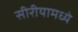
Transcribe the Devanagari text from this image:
सीरीयामध्ये